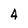
Character: 4